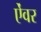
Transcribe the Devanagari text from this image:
ऐंवर